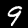
Digit: 9